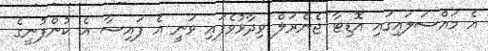
އެ މައްސަލައިގައި އޮޑިޓާ ޖެނެރަލް ވިދާޅުވެފައި ވަނީ އެ ފައިސާ އެ ކުންފުނީގެ